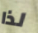
لذا